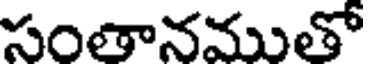
సంతానముతో